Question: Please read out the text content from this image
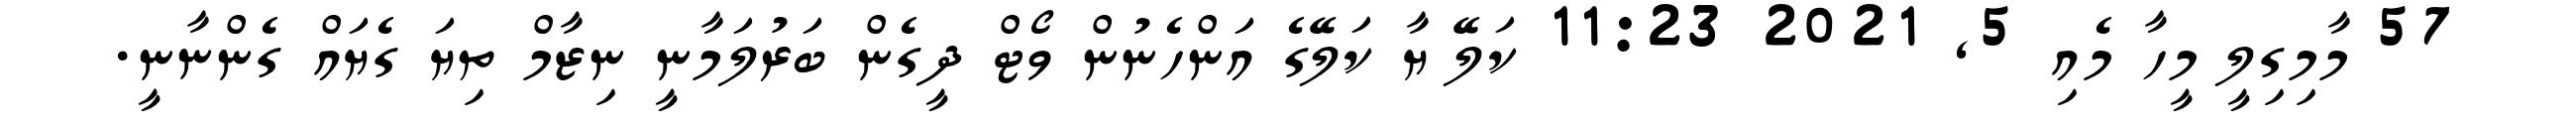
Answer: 57 މާމިގިލީ މީހާ މެއި 5, 2021 11:23 ކަލޭ ޔާ ކަލޭގެ އަންހެނުން ވޯޓް ދީގެން ބަރުލަމާނީ ނިޒާމް ތިޔަ ގެޔައް ގެންނާނީ.